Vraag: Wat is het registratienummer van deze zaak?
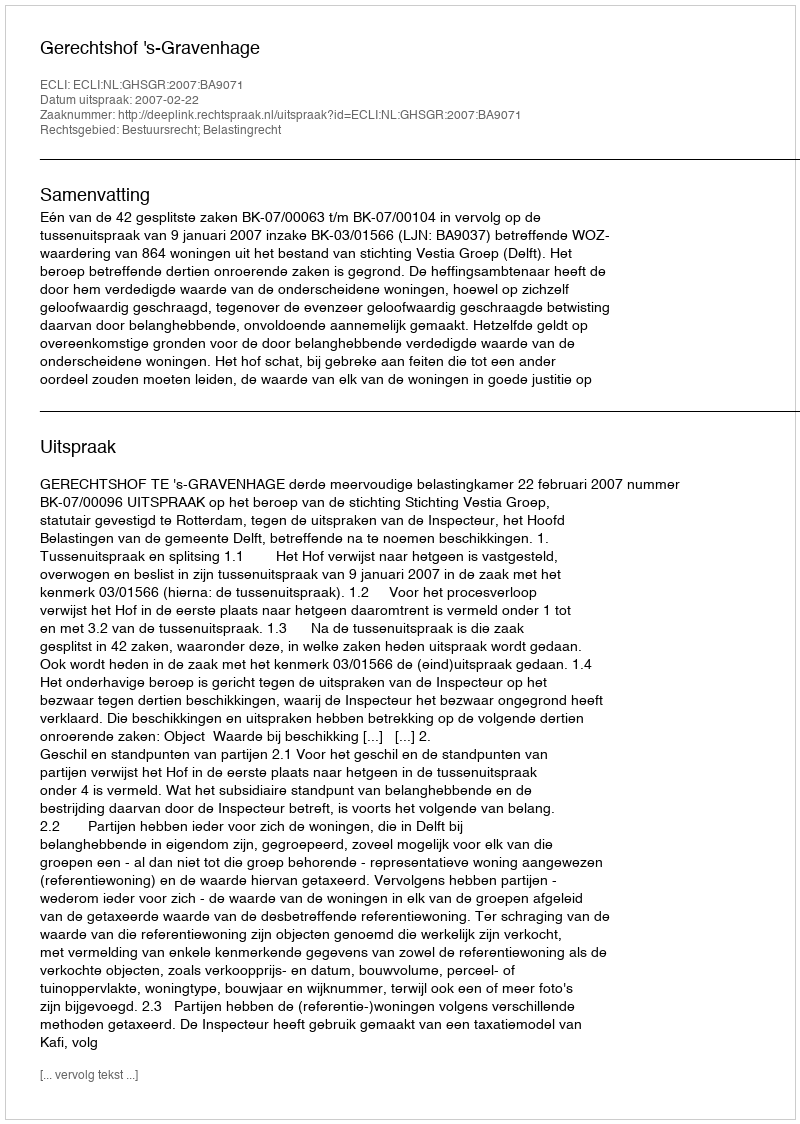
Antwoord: http://deeplink.rechtspraak.nl/uitspraak?id=ECLI:NL:GHSGR:2007:BA9071